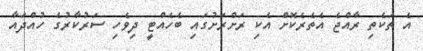
އެ ތަކެތި ރާއްޖެ އެތެރެކޮށް އެކި ރަށްރަށުގައި ބެހެއްޓީ ދިވެހި ސަރުކާރުގެ ހުއްދައާ